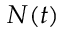
N ( t )